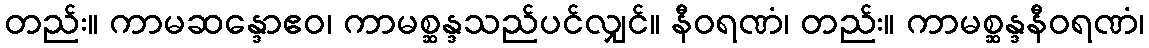
တည်း။ ကာမဆန္ဒောဧဝ၊ ကာမစ္ဆန္ဒသည်ပင်လျှင်။ နီဝရဏံ၊ တည်း။ ကာမစ္ဆန္ဒနီဝရဏံ၊